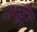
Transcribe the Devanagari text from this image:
अप्प्लेट